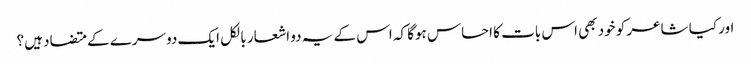
اور کیا شاعر کو خود بھی اس بات کا احساس ہوگا کہ اس کے یہ دو اشعار بالکل ایک دوسرے کے متضاد ہیں؟